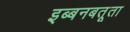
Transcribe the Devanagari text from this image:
इब्बनबतूता